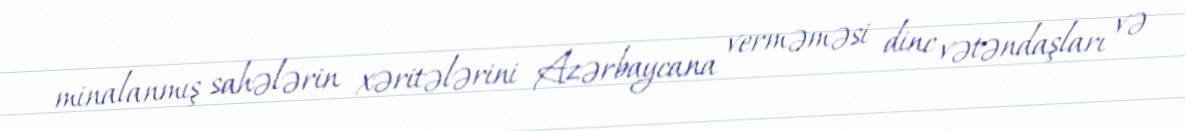
minalanmış sahələrin xəritələrini Azərbaycana verməməsi dinc vətəndaşları və